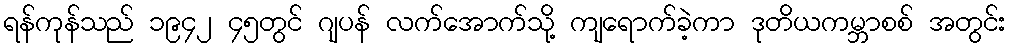
ရန်ကုန်သည် ၁၉၄၂ ၄၅တွင် ဂျပန် လက်အောက်သို့ ကျရောက်ခဲ့ကာ ဒုတိယကမ္ဘာစစ် အတွင်း